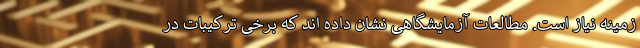
زمینه نیاز است. مطالعات آزمایشگاهی نشان داده اند که برخی ترکیبات در